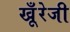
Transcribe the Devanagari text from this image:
खूँरेजी